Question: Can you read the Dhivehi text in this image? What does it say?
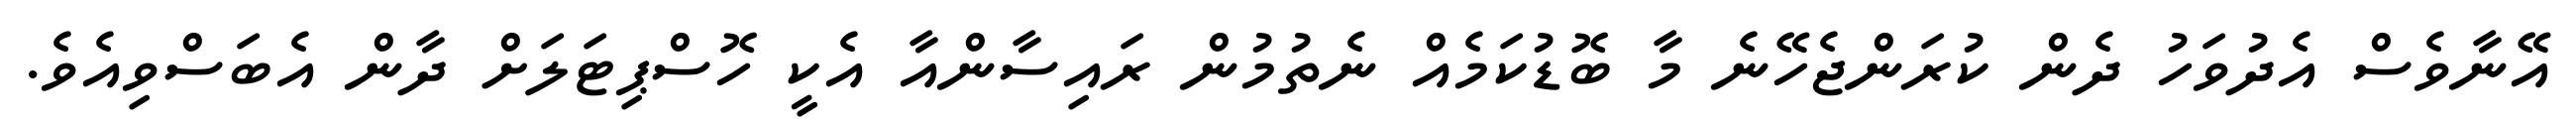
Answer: އޭނާވެސް އެދުވަހު ދެން ކުރަންޖެހޭނެ މާ ބޮޑުކަމެއް ނެތުމުން ރައިސާންއާ އެކީ ހޮސްޕިޓަލަށް ދާން އެބަސްވިއެވެ.